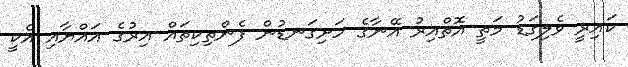
ކައިރީ ވެލިގަޑު މަތީ އޮތްއިރު އޭނާގެ ހަށިގަނޑުން ފެންތިކިތައް އިރުގެ އައްޔާއި އެކީ